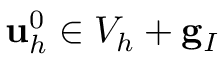
{ \mathbf u } _ { h } ^ { 0 } \in V _ { h } + { \mathbf g } _ { I }